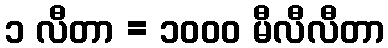
၁ လီတာ = ၁၀၀၀ မီလီလီတာ